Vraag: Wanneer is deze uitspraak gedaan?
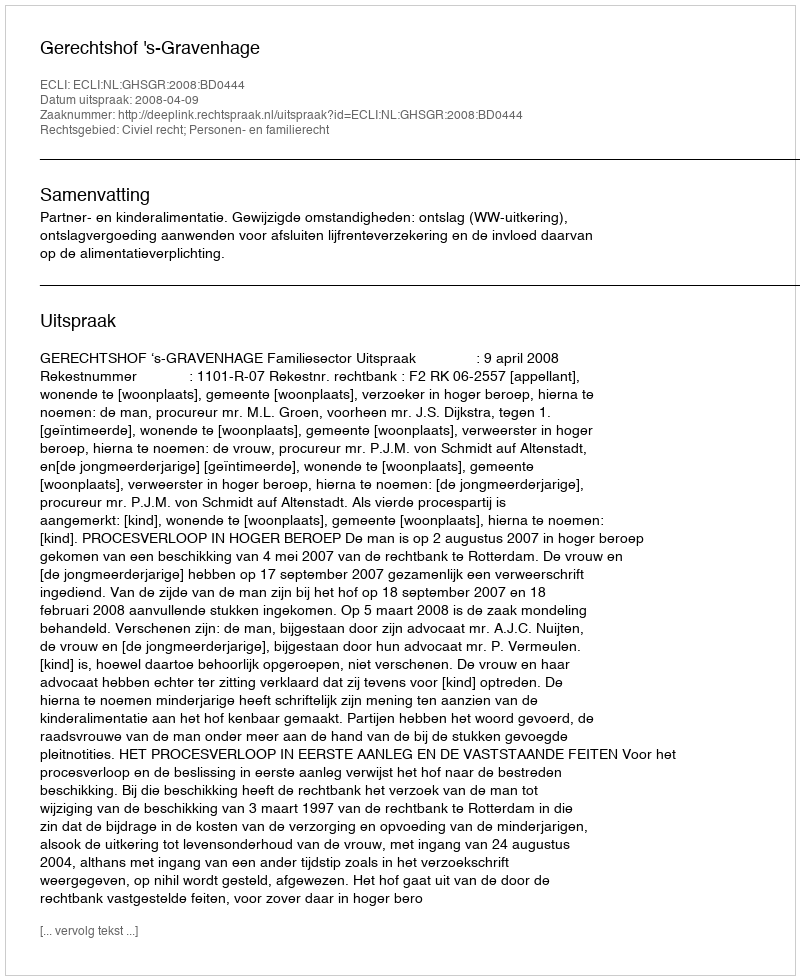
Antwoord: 2008-04-09